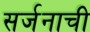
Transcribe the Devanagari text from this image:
सर्जनाची